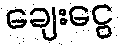
ချေးငွေ